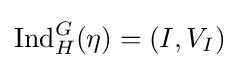
{\text{Ind}}_{H}^{G}(\eta )=(I,V_{I})